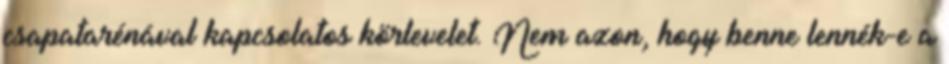
csapatarénával kapcsolatos körlevelet. Nem azon, hogy benne lennék-e a